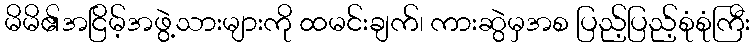
မိမိ၏အငြိမ့်အဖွဲ့သားများကို ထမင်းချက်၊ ကားဆွဲမှအစ ပြည့်ပြည့်စုံစုံကြီး